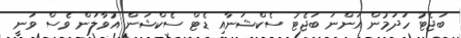
ބަޖެޓު ހަދަމުން އަންނަ ބަޖެޓު ސެކްޝަނާއި ޑެޓް ސެކްޝަން އުވާލަން ވެސް ވަނީ